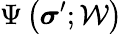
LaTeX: \Psi\left(\boldsymbol{\sigma}^{\prime};\mathcal{W}\right)